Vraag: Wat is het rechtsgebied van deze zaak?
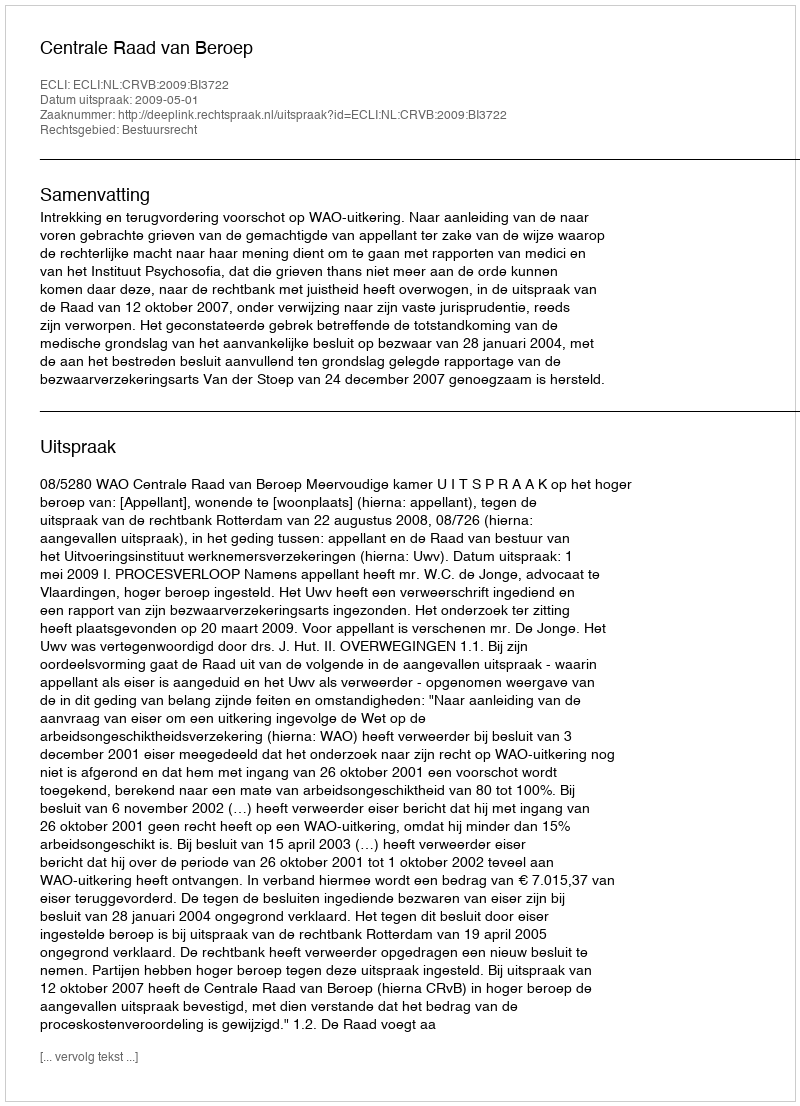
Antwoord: Bestuursrecht